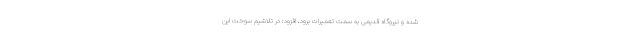
شده و نیروگاه قدیمی به سمت تعمیرات برود، افزود: در تلاشیم سوخت این